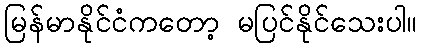
မြန်မာနိုင်ငံကတော့ မပြင်နိုင်သေးပါ။